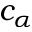
c _ { \alpha }